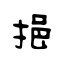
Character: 挹